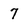
Character: 7